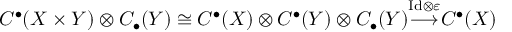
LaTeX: C ^ { \bullet } ( X \times Y ) \otimes C _ { \bullet } ( Y ) \cong C ^ { \bullet } ( X ) \otimes C ^ { \bullet } ( Y ) \otimes C _ { \bullet } ( Y ) { \overset { \mathrm { I d } \otimes \varepsilon } { \longrightarrow } } C ^ { \bullet } ( X )